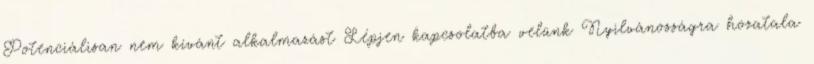
Potenciálisan nem kívánt alkalmazást Lépjen kapcsolatba velünk Nyilvánosságra hozatala